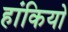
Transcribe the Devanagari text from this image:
हांकियो